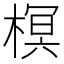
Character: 榠